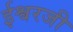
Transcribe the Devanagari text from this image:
ईश्वरजी